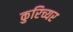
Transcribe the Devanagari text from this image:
कुरिच्यर